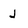
Character: J